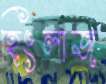
হিংলাজ